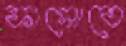
ফাসোতে